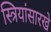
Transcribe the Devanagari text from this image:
स्त्रियांसारखे